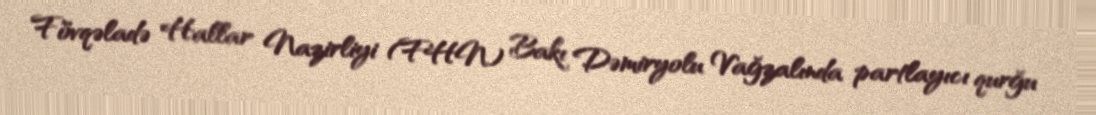
Fövqəladə Hallar Nazirliyi (FHN) Bakı Dəmiryolu Vağzalında partlayıcı qurğu